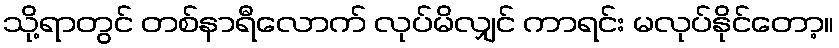
သို့ရာတွင် တစ်နာရီလောက် လုပ်မိလျှင် ကာရင်း မလုပ်နိုင်တော့။